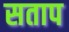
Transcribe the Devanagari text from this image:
सताप